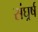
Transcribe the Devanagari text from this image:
संघर्र्ष